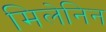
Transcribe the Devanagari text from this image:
मिलेनिन